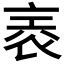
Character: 𧙰